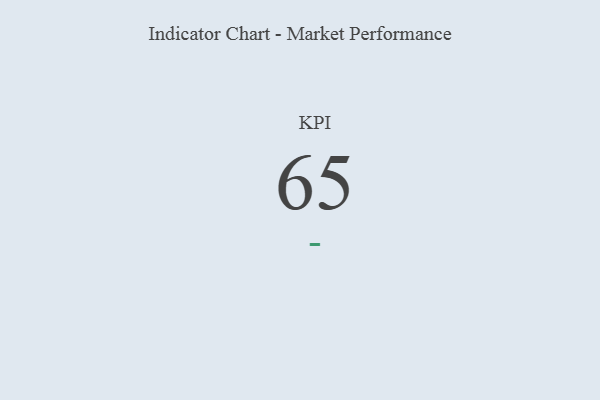
{"axis": {"x": "KPI", "y": "Value"}, "legend": [""], "data": [{"x": "KPI", "y": 65, "type": ""}]}